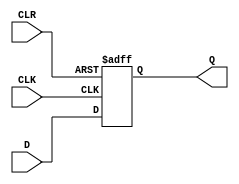

module IR #(parameter N = 4)
(
	input [N-1:0] D, 		
	input CLK, CLR,		 
	output reg [N-1:0] Q
); 		//declare N-bit data output


		always @ (posedge CLK, negedge CLR) 		
			begin
				if (CLR==1'b0) Q <= 0; 		
				else if (CLK==1'b1) Q <= D;
			end
endmodule